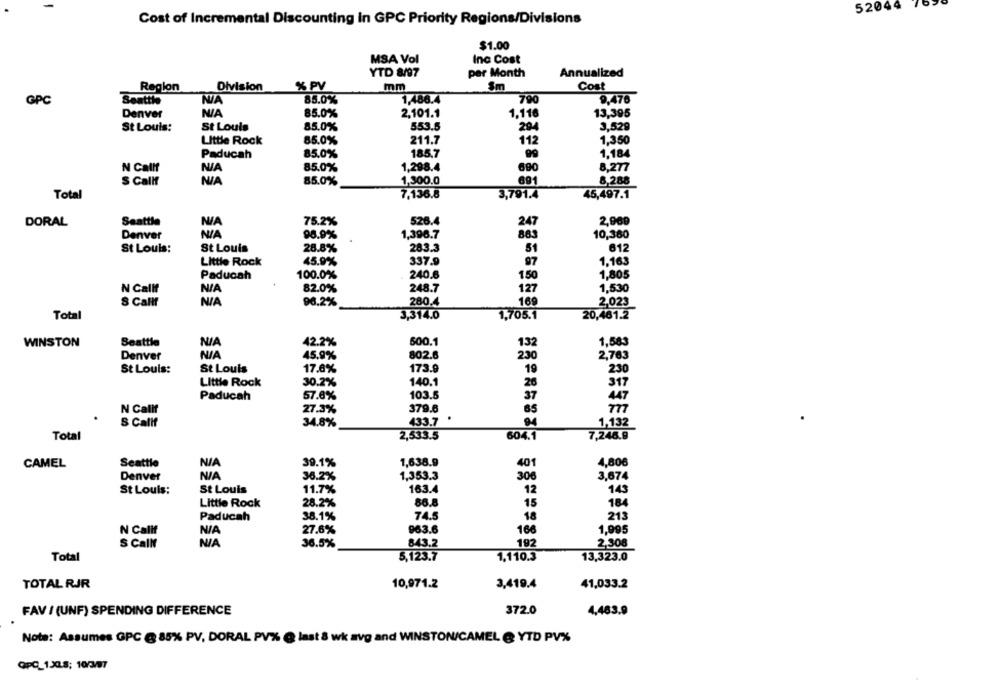
52044
Cost of Incremental Discounting in GPC Priority Regions/Divisions
$1.00
MSA Vol
Inc Cost
YTD 8/97
per Month
Annualized
Region
Division
% PV
mm
Sm
Cost
GPC
Seattle
85.0%
1,486.4
790
9.476
Denver
85.0%
2,101.1
1.116
13,395
3,529
St Louis:
St Louis
85.0%
553.5
294
Little Rock
85.0%
211.7
112
1,350
85.0%
185,7
99
1.184
Paducah
1,298.4
690
8,277
N Callf
85.0%
1,300.0
8,288
S Callf
85.0%
691
7.136.8
45,497.1
Total
3,791.4
Seattle
75.2%
526.4
2,000
DORAL
247
Denver
98.9%
1,396.7
88
10,360
St Louis:
St Louis
28.8%
283.3
51
612
Little Rock
45.9%
337.9
97
1,163
Paducah
100.0%
240.6
150
1,805
N Callf
82.0%
248.7
127
1,530
S Callf
96.2%
280.4
169
2,023
Total
3,314.0
1,705.1
20,461.2
WINSTON
Seattle
42.2%
500.1
132
1,583
Denver
45.9%
802.6
230
2,763
173.9
St Louis:
St Louis
17.8%
19
230
140.1
317
Little Rock
30.2%
26
103.5
37
447
Paducah
57.8%
379.6
N Calif
27.3%
65
777
S Calif
34.8%
433.7
1,132
Total
2,533.5
604.1
7,246.9
CAMEL
Seattle
39.1%
1,638.9
401
4,806
Denver
36.2%
1,353.3
306
3,674
St Louis:
St Louis
11.7%
163.4
12
143
Little Rock
28.2%
86.8
15
Paducah
38.1%
74.5
18
213
N Calif
27.6%
963.6
166
1,995
S Callt
36.5%
843.2
192
2,308
Total
5,123.7
1,110.3
13,323.0
TOTAL RJR
10,971.2
3,419.4
41,033.2
FAV / (UNF) SPENDING DIFFERENCE
372.0
4,463.9
Nota: Assumes GPC @ 85% PV, DORAL PV% @ last & wk avg and WINSTON/CAMEL @ YTD PV%
QPC_1X.5; 10/3/97